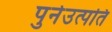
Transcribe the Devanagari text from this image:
पुर्नउत्पति